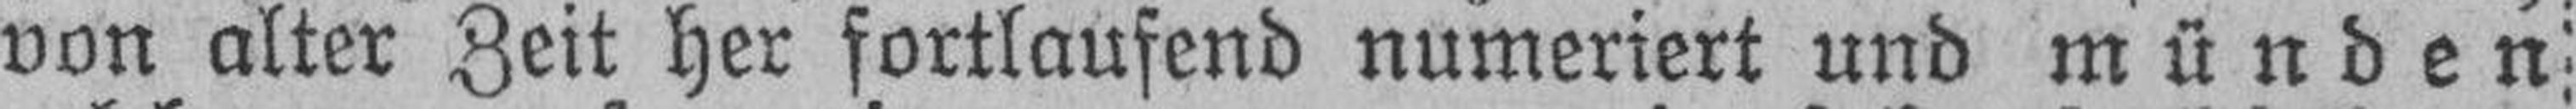
von alter Zeit her fortlaufend numeriert und münden